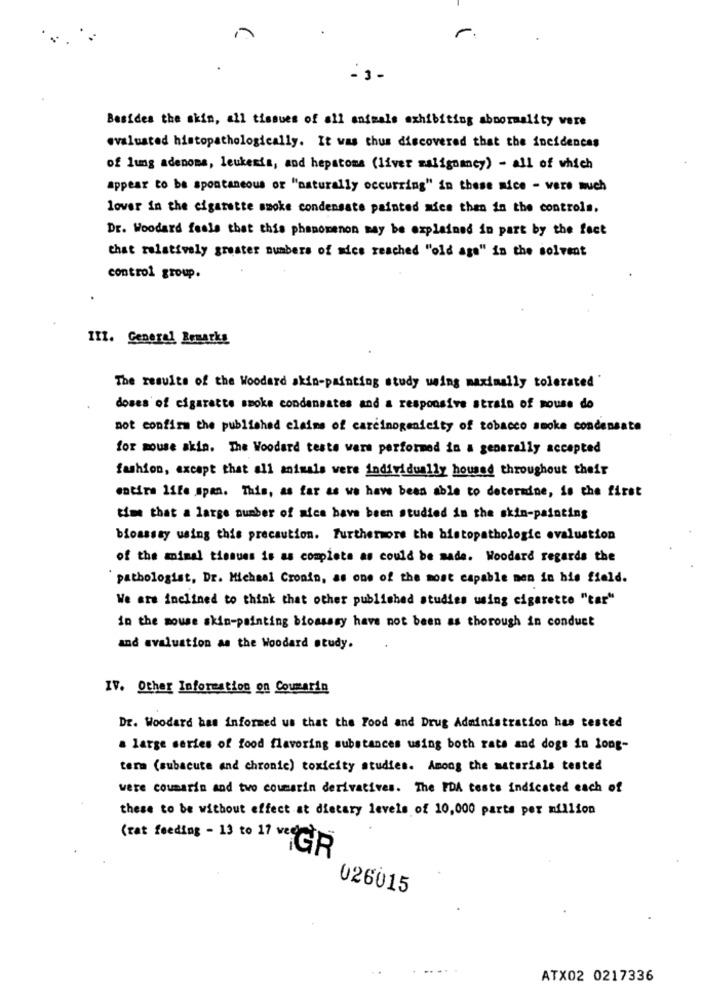
-3-
Besides the skin, all tissues of all animals exhibiting abnormality vere
evaluated histopathologically. It was thus discovered that the incidences
of lung adenoma, leukeris, and hepstoma (liver malignancy) - all of which
appear to be spontaneous or "naturally occurring" in these nice - vere much
lover in the cigarette smoke condensate painted mics then in the controls.
Dr. Woodard feels that this phenomenon may be explained in part by the fect
that relatively greater numbers of mice reached "old age" in the solvent
control group.
111. General Remarks
The results of the Woodard skin-painting study weing maximally tolerated
doses of cigarette smoke condannates and a responsive strain of mouse do
not confirm the published claims of carcinogenicity of tobacco smoke condensate
for mouse skin. The Woodard teste wars performed in a generally accepted
fashion, except that all animals were individually housed throughout their
entire life span. This, as far as we have been able to determine, is the first
time that a large number of mice have been studied in the skin-painting
bioassay using this precaution. Furthermore the histopathologic evaluation
of the minal tissues is as complete as could be made. Woodard regards the
pathologist, Dr. Michael Cronin, as one of the most capable men in his field.
We are inclined to think that other published studies using cigarette "car"
in the mouse skin-painting bioassay have not been as thorough in conduct
and evaluation as the Woodard study.
IV. Other Information on Coumarin
Dr. Woodard has informed us that the Food and Drug Administration has tested
a large series of food flavoring substances using both rats and dogs in long-
term (subacute and chronic) toxicity studies. Among the materials tested
were coumarin and two coumarin derivatives. The FDA tests indicated each of
these to be without effect at dietary levels of 10,000 parts per million
(rat feeding - 13 to 17 ved
"GR
026015
ATX02 0217336